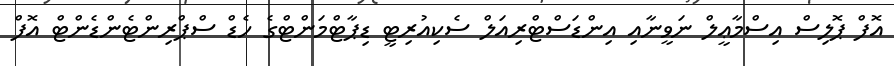
އޮފް ޕޮލިސް އިސްމާޢީލް ނަވީނާއި އިންޑަސްޓްރިއަލް ސެކިއުރިޓީ ޑިޕާޓްމަންޓްގެ ހެޑް ސްޕްރިންޓެންޑެންޓް އޮފް